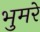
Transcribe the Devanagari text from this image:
भुमरे